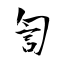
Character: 訇